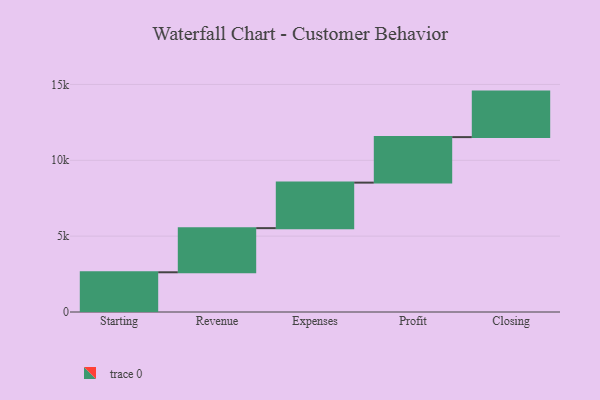
{"axis": {"x": "Step", "y": "Value"}, "legend": [""], "data": [{"x": "Starting", "y": 2618.0, "type": ""}, {"x": "Revenue", "y": 2910.0, "type": ""}, {"x": "Expenses", "y": 3000, "type": ""}, {"x": "Profit", "y": 3000, "type": ""}, {"x": "Closing", "y": 3000, "type": ""}]}